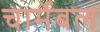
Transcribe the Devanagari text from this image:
चार्मेबल